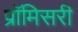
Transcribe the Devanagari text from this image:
प्रॉमिसरी